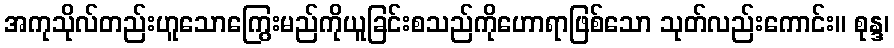
အကုသိုလ်တည်းဟူသောကြွေးမည်ကိုယူခြင်းစသည်ကိုဟောရာဖြစ်သော သုတ်လည်းကောင်း။ စုန္ဒ၊